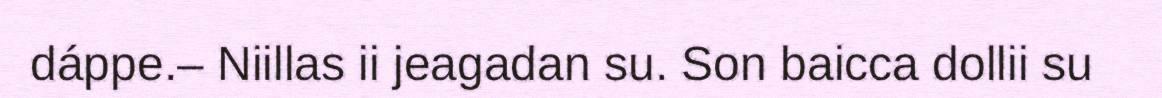
dáppe.– Niillas ii jeagadan su. Son baicca dollii su